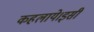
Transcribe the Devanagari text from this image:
कहलाये।इसी